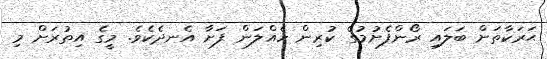
ޙަރަކާތަށް ބަލައި ރޯންފެށުމުގެ ކުރިން ހެއްލަން ފަށާ އެނދެކެވެ. މީގެ އިތުރަށް މި